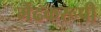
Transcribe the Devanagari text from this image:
मेंढकरूपी